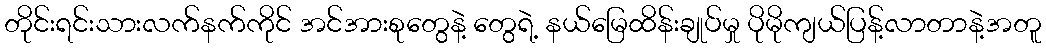
တိုင်းရင်းသားလက်နက်ကိုင် အင်အားစုတွေနဲ့ တွေရဲ့ နယ်မြေထိန်းချုပ်မှု ပိုမိုကျယ်ပြန့်လာတာနဲ့အတူ